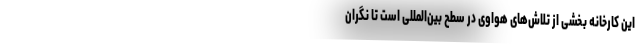
این کارخانه بخشی از تلاش‌های هواوی در سطح بین‌المللی است تا نگران